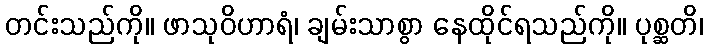
တင်းသည်ကို။ ဖာသုဝိဟာရံ၊ ချမ်းသာစွာ နေထိုင်ရသည်ကို။ ပုစ္ဆတိ၊